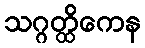
သဂ္ဂတ္ထိကေန